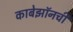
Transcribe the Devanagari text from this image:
काबेझॉनची